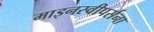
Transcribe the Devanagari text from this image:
माइनस्वीपर्सना